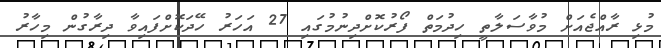
މުޅި ރާއްޖެއަށް މުވާސަލާތީ ހިދުމަތް ފޯރުކޮށްދިނުމުގައި 27 އަހަރު ހޭދަކޮށްފައިވާ ދިރާގުން މިހާރު